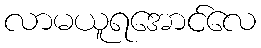
လာမယူရအောင်လေ